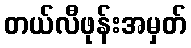
တယ်လီဖုန်းအမှတ်